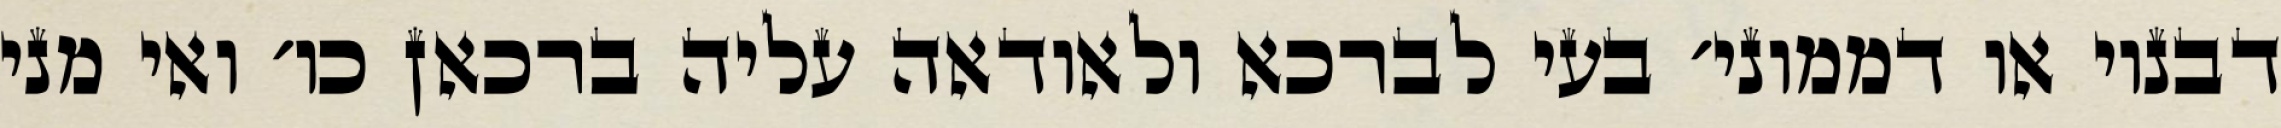
דבנוי או דממוני׳ בעי לברכא ולאודאה עליה ברכאן כו׳ ואי מני